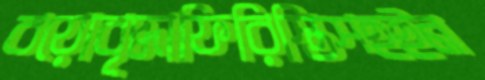
বয়োবৃদ্ধাফিরিস্তিসহইন